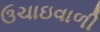
ઉચાઇવાળી